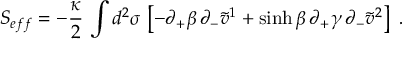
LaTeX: S _ { e f f } = - { \frac { \kappa } { 2 } } \, \int d ^ { 2 } \sigma \, \left[ - \partial _ { + } \beta \, \partial _ { - } \tilde { v } ^ { 1 } + \sinh \beta \, \partial _ { + } \gamma \, \partial _ { - } \tilde { v } ^ { 2 } \right] \ .